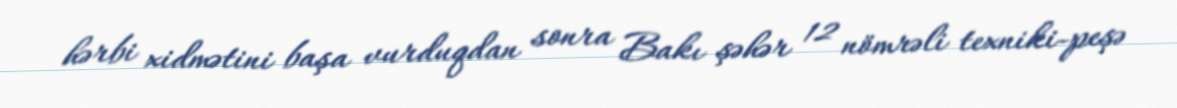
hərbi xidmətini başa vurduqdan sonra Bakı şəhər 12 nömrəli texniki-peşə